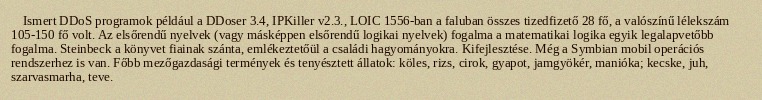
Ismert DDoS programok például a DDoser 3.4, IPKiller v2.3., LOIC 1556-ban a faluban összes tizedfizető 28 fő, a valószínű lélekszám 105-150 fő volt. Az elsőrendű nyelvek (vagy másképpen elsőrendű logikai nyelvek) fogalma a matematikai logika egyik legalapvetőbb fogalma. Steinbeck a könyvet fiainak szánta, emlékeztetőül a családi hagyományokra. Kifejlesztése. Még a Symbian mobil operációs rendszerhez is van. Főbb mezőgazdasági termények és tenyésztett állatok: köles, rizs, cirok, gyapot, jamgyökér, manióka; kecske, juh, szarvasmarha, teve.